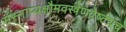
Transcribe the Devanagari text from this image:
संस्नाप्यक्षौमवस्त्रेणवेष्ट्यच